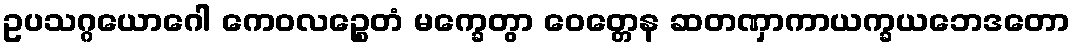
ဥပသဂ္ဂယောဂေါ ကေဝလဉ္စေတံ မက္ခေတွာ ဝေတ္တေန ဆတဏှာကာယက္ခယဘေဒတော